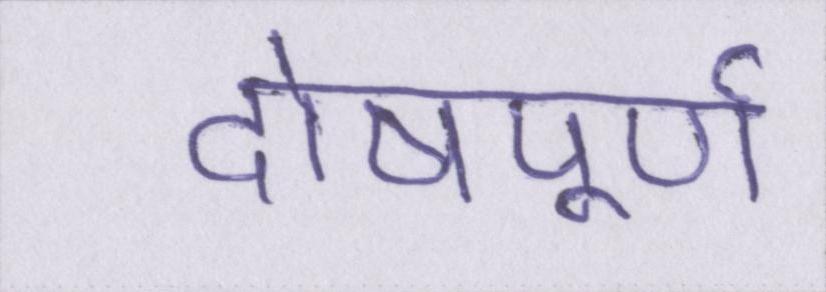
दोषपूर्ण